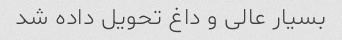
بسیار عالی و داغ تحویل داده شد